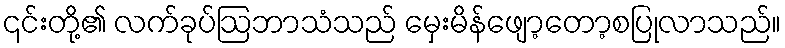
၎င်းတို့၏ လက်ခုပ်ဩဘာသံသည် မှေးမိန်ဖျော့တော့စပြုလာသည်။